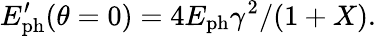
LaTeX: E_{\mathrm{ph}}^{\prime}(\theta=0)={4E_{\mathrm{ph}}\gamma^{2}}/(1+X).